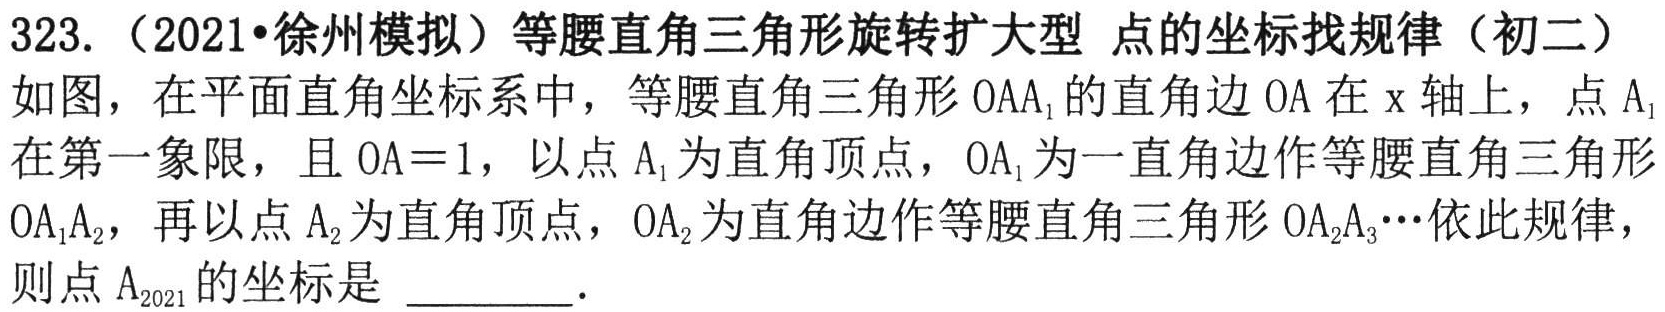
323.（2021•徐州模拟）等腰直角三角形旋转扩大型 点的坐标找规律（初二）
如图，在平面直角坐标系中，等腰直角三角形\(OAA_{1}\)的直角边\(OA\)在\(x\)轴上，点\(A_{1}\)在第一象限，且\(OA = 1\)，以点\(A_{1}\)为直角顶点，\(OA_{1}\)为一直角边作等腰直角三角形\(OA_{1}A_{2}\)，再以点\(A_{2}\)为直角顶点，\(OA_{2}\)为直角边作等腰直角三角形\(OA_{2}A_{3}\cdots\)依此规律，则点\(A_{2021}\)的坐标是 \_\_\_\_\_ ．